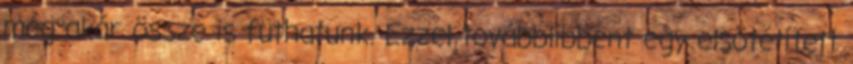
még akár össze is futhatunk. Ezzel továbblibbent egy elsötétített